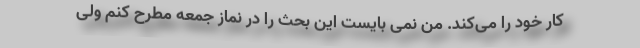
کار خود را می‌کند. من نمی بایست این بحث را در نماز جمعه مطرح کنم ولی